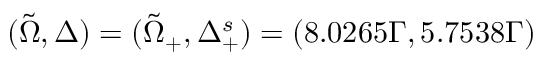
( \Tilde { \Omega } , Δ ) = ( \tilde { \Omega } _ { + } , \Delta _ { + } ^ { s } ) = ( 8 . 0 2 6 5 Γ , 5 . 7 5 3 8 Γ )